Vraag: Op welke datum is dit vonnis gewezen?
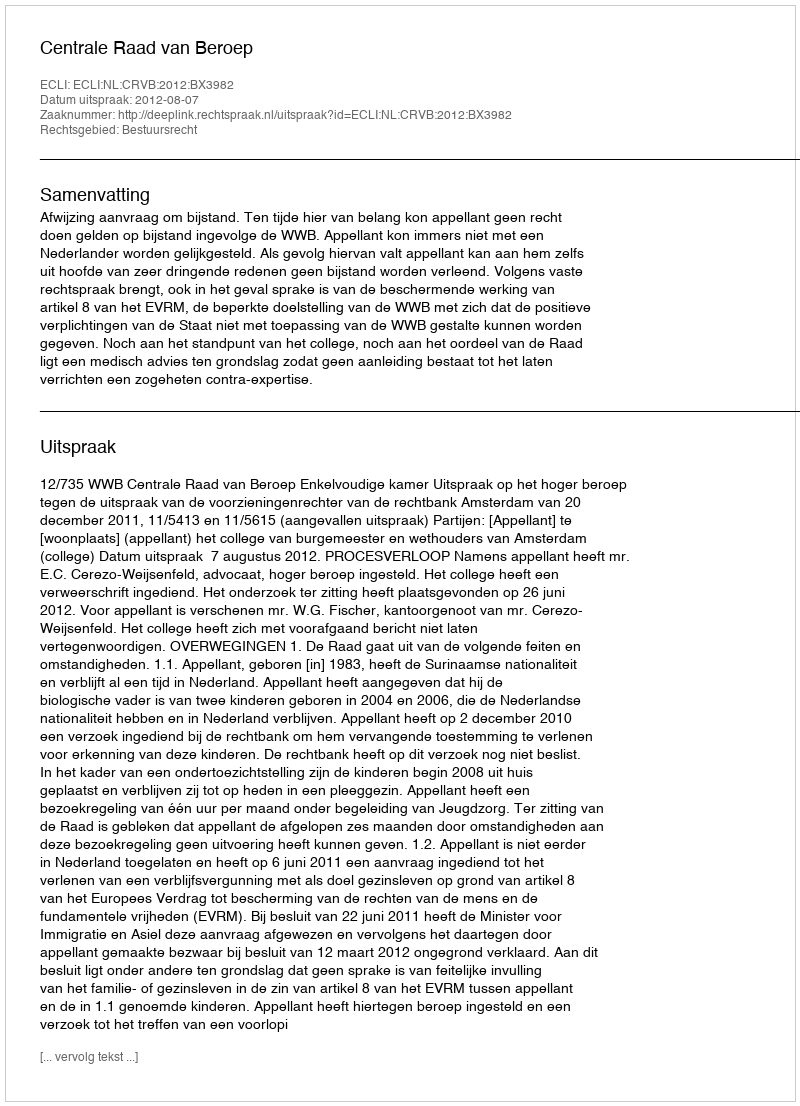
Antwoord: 2012-08-07